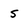
Character: S